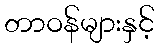
တာဝန်များနှင့်